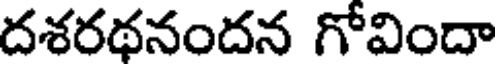
దశరథనందన గోవిందా